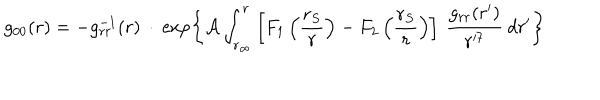
LaTeX: g _ { 0 0 } ( r ) = - g _ { r r } ^ { - 1 } ( r ) \: \cdot \: \exp \left\lbrace { \cal A } \int _ { r _ { \infty } } ^ { r } \left\lbrack F _ { 1 } \left( \frac { r _ { S } } { r } \right) - F _ { 2 } \left( \frac { r _ { S } } { r } \right) \right\rbrack \: \frac { g _ { r r } ( r ^ { \prime } ) } { r ^ { \prime 7 } } \: d r ^ { \prime } \right\rbrace